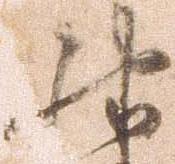
殊